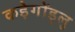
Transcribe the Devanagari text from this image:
कड़ेगोंड्लु